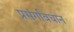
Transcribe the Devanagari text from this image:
प्रसंगविधान